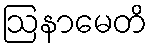
ဩနာမေတိ